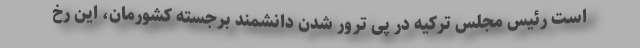
است رئیس مجلس ترکیه در پی ترور شدن دانشمند برجسته کشورمان، این رخ